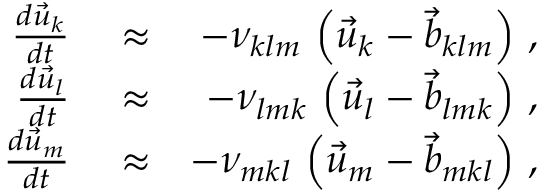
\begin{array} { r l r } { \frac { d \vec { u } _ { k } } { d t } } & { { } \approx } & { - \nu _ { k l m } \, \left( \vec { u } _ { k } - \vec { b } _ { k l m } \right) \, , } \\ { \frac { d \vec { u } _ { l } } { d t } } & { { } \approx } & { - \nu _ { l m k } \, \left( \vec { u } _ { l } - \vec { b } _ { l m k } \right) \, , } \\ { \frac { d \vec { u } _ { m } } { d t } } & { { } \approx } & { - \nu _ { m k l } \, \left( \vec { u } _ { m } - \vec { b } _ { m k l } \right) \, , } \end{array}